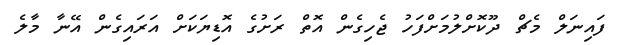
ފައިނަލް މެޗް ދޫކޮށްލުމަށްފަހު ޖެހިގެން އޮތް ރަށުގެ އޮޑިޔަކަށް އަރައިގެން އޭނާ މާލެ